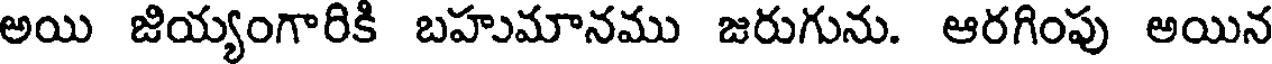
అయి జియ్యంగారికి బహుమానము జరుగును. ఆరగింపు అయిన